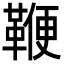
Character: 鞭